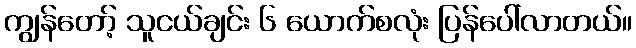
ကျွန်တော့် သူငယ်ချင်း ၆ ယောက်စလုံး ပြန်ပေါ်လာတယ်။